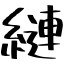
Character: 縺